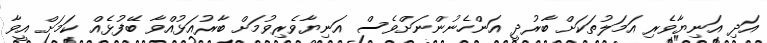
އަދި އަނިޔާވެރި އަމަލުތަކަށް ބާރުދީ އަންހެނުންނަށްވެސް އަނިޔާވެރިވުމަށް ބާރުއަޅުއްވާ ބޭފުޅެއް ކަމަށް އީވާ